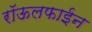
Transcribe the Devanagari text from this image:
रॉऊलफाईन